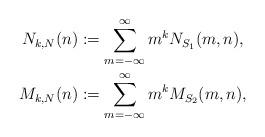
LaTeX: \begin{align*}N_{k, N}(n) &:= \sum_{m=-\infty}^{\infty} m^k N_{S_1}(m, n),\\M_{k,N}(n)&:= \sum_{m=-\infty}^{\infty} m^k M_{S_2}(m, n),\end{align*}